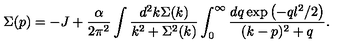
\Sigma ( p ) = - J + \frac { \alpha } { 2 \pi ^ { 2 } } \int \frac { d ^ { 2 } k \Sigma ( k ) } { k ^ { 2 } + \Sigma ^ { 2 } ( k ) } \int _ { 0 } ^ { \infty } \frac { d q \exp \left( - q l ^ { 2 } / 2 \right) } { ( k - p ) ^ { 2 } + q } .